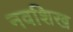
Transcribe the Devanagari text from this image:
नवशिख